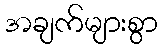
အချက်များစွာ